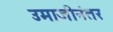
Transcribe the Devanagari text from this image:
उमाजीनंतर